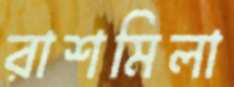
রাশমিলা